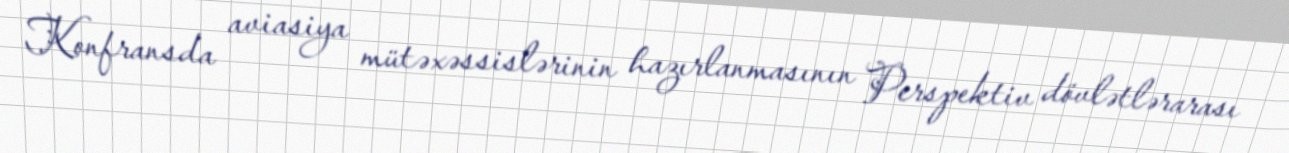
Konfransda aviasiya mütəxəssislərinin hazırlanmasının Perspektiv dövlətlərarası